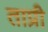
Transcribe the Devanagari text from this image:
ताप्री